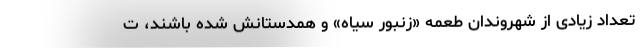
تعداد زیادی از شهروندان طعمه «زنبور سیاه» و همدستانش شده باشند، ت